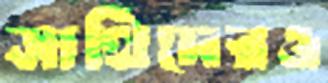
সাথিদেরও